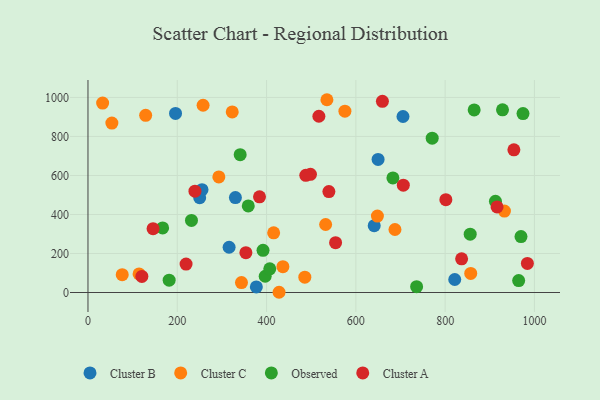
{"axis": {"x": "Engine Size", "y": "Exam Score"}, "legend": ["Cluster A", "Cluster B", "Cluster C", "Observed"], "data": [{"x": "330.2", "y": 486.5, "type": "Cluster B"}, {"x": "250.2", "y": 486.2, "type": "Cluster B"}, {"x": "196.1", "y": 917.9, "type": "Cluster B"}, {"x": "316.1", "y": 231.9, "type": "Cluster B"}, {"x": "255.4", "y": 527.4, "type": "Cluster B"}, {"x": "641.1", "y": 342.6, "type": "Cluster B"}, {"x": "377.1", "y": 28.7, "type": "Cluster B"}, {"x": "705.6", "y": 902.4, "type": "Cluster B"}, {"x": "821.5", "y": 66.7, "type": "Cluster B"}, {"x": "649.8", "y": 682.1, "type": "Cluster B"}, {"x": "343.8", "y": 51.1, "type": "Cluster C"}, {"x": "485.7", "y": 78.7, "type": "Cluster C"}, {"x": "532.3", "y": 348.7, "type": "Cluster C"}, {"x": "436.6", "y": 132.2, "type": "Cluster C"}, {"x": "114.4", "y": 95.4, "type": "Cluster C"}, {"x": "415.9", "y": 306.0, "type": "Cluster C"}, {"x": "293.1", "y": 592.7, "type": "Cluster C"}, {"x": "687.6", "y": 323.0, "type": "Cluster C"}, {"x": "648.3", "y": 391.6, "type": "Cluster C"}, {"x": "129.2", "y": 908.1, "type": "Cluster C"}, {"x": "857.3", "y": 97.7, "type": "Cluster C"}, {"x": "535.2", "y": 988.3, "type": "Cluster C"}, {"x": "575.5", "y": 929.7, "type": "Cluster C"}, {"x": "932.8", "y": 417.3, "type": "Cluster C"}, {"x": "53.5", "y": 868.4, "type": "Cluster C"}, {"x": "76.7", "y": 91.5, "type": "Cluster C"}, {"x": "257.8", "y": 959.9, "type": "Cluster C"}, {"x": "32.8", "y": 971.3, "type": "Cluster C"}, {"x": "323.1", "y": 926.0, "type": "Cluster C"}, {"x": "428.0", "y": 1.2, "type": "Cluster C"}, {"x": "181.8", "y": 63.1, "type": "Observed"}, {"x": "771.0", "y": 791.0, "type": "Observed"}, {"x": "167.2", "y": 331.0, "type": "Observed"}, {"x": "865.0", "y": 936.0, "type": "Observed"}, {"x": "928.5", "y": 936.5, "type": "Observed"}, {"x": "231.8", "y": 369.7, "type": "Observed"}, {"x": "974.4", "y": 917.1, "type": "Observed"}, {"x": "912.7", "y": 467.4, "type": "Observed"}, {"x": "396.9", "y": 83.3, "type": "Observed"}, {"x": "856.1", "y": 299.1, "type": "Observed"}, {"x": "964.7", "y": 61.3, "type": "Observed"}, {"x": "359.0", "y": 444.1, "type": "Observed"}, {"x": "340.9", "y": 706.6, "type": "Observed"}, {"x": "407.2", "y": 121.5, "type": "Observed"}, {"x": "392.1", "y": 216.0, "type": "Observed"}, {"x": "736.1", "y": 30.0, "type": "Observed"}, {"x": "969.9", "y": 286.7, "type": "Observed"}, {"x": "683.0", "y": 587.2, "type": "Observed"}, {"x": "706.3", "y": 550.0, "type": "Cluster A"}, {"x": "554.6", "y": 255.7, "type": "Cluster A"}, {"x": "498.3", "y": 605.7, "type": "Cluster A"}, {"x": "916.3", "y": 438.5, "type": "Cluster A"}, {"x": "539.6", "y": 517.3, "type": "Cluster A"}, {"x": "384.2", "y": 490.7, "type": "Cluster A"}, {"x": "801.6", "y": 475.7, "type": "Cluster A"}, {"x": "517.2", "y": 903.7, "type": "Cluster A"}, {"x": "239.6", "y": 519.6, "type": "Cluster A"}, {"x": "984.2", "y": 149.2, "type": "Cluster A"}, {"x": "219.7", "y": 145.9, "type": "Cluster A"}, {"x": "145.8", "y": 327.3, "type": "Cluster A"}, {"x": "659.5", "y": 980.2, "type": "Cluster A"}, {"x": "353.7", "y": 204.0, "type": "Cluster A"}, {"x": "836.9", "y": 172.6, "type": "Cluster A"}, {"x": "487.9", "y": 600.7, "type": "Cluster A"}, {"x": "120.7", "y": 82.5, "type": "Cluster A"}, {"x": "954.0", "y": 731.6, "type": "Cluster A"}]}